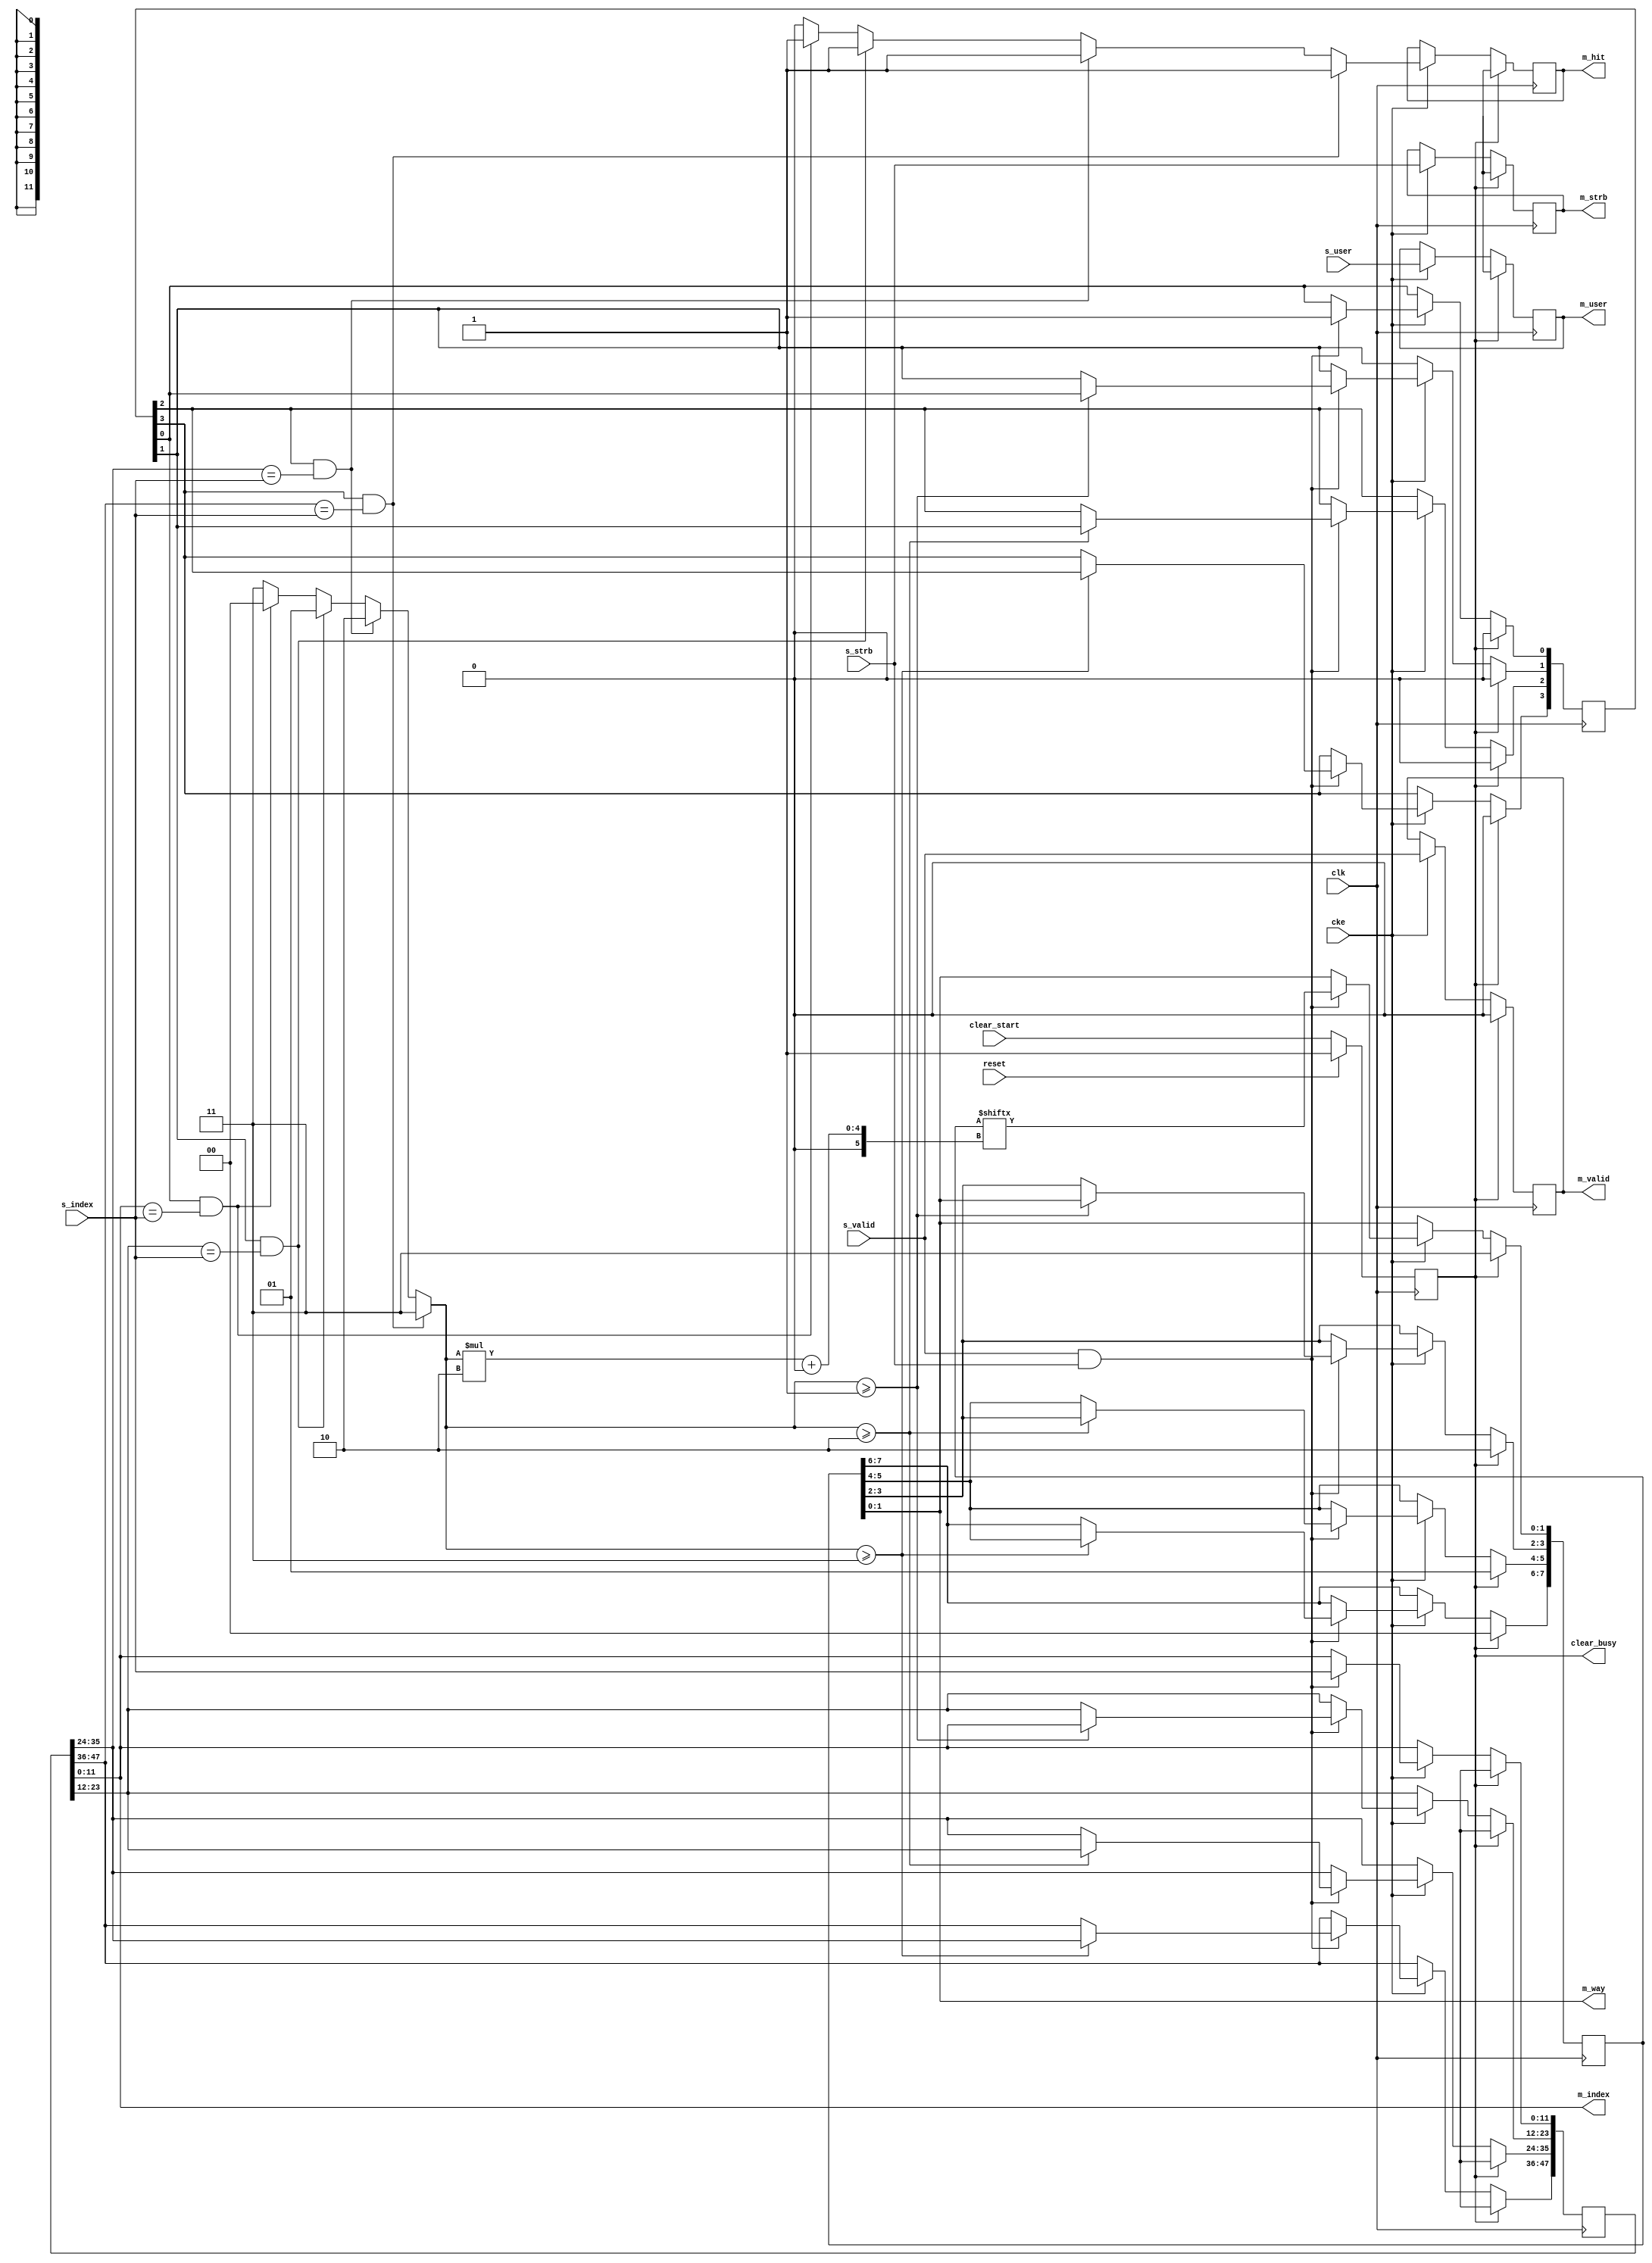
// This program was cloned from: https://github.com/ryuz/jelly
// License: MIT License

// ---------------------------------------------------------------------------
//  Jelly  -- The platform for real-time computing
//
//                                 Copyright (C) 2008-2017 by Ryuz
//                                 https://github.com/ryuz/jelly.git
// ---------------------------------------------------------------------------



`timescale 1ns / 1ps
`default_nettype none



module jelly_cache_tag_full_associative
        #(
            parameter   USER_WIDTH  = 1,
            parameter   WAY_NUM     = 4,
            parameter   WAY_WIDTH   = WAY_NUM <=   2 ? 1 :
                                      WAY_NUM <=   4 ? 2 :
                                      WAY_NUM <=   8 ? 3 :
                                      WAY_NUM <=  16 ? 4 :
                                      WAY_NUM <=  32 ? 5 :
                                      WAY_NUM <=  64 ? 6 :
                                      WAY_NUM <= 128 ? 7 : 8,
            parameter   INDEX_WIDTH = 12,
            
            // local
            parameter   USER_BITS   = USER_WIDTH > 0 ? USER_WIDTH : 1
        )
        (
            input   wire                        reset,
            input   wire                        clk,
            input   wire                        cke,
            
            input   wire                        clear_start,
            output  wire                        clear_busy,
            
            input   wire    [USER_BITS-1:0]     s_user,
            input   wire    [INDEX_WIDTH-1:0]   s_index,
            input   wire                        s_strb,
            input   wire                        s_valid,
            
            output  wire    [USER_BITS-1:0]     m_user,
            output  wire    [INDEX_WIDTH-1:0]   m_index,
            output  wire    [WAY_WIDTH-1:0]     m_way,
            output  wire                        m_hit,
            output  wire                        m_strb,
            output  wire                        m_valid
        );
        
    integer                             i;
    
    reg                                 reg_clear;
    always @(posedge clk) begin
        if ( reset ) begin
            reg_clear <= 1'b1;
        end
        else begin
            reg_clear <= clear_start;
        end
    end
    assign clear_busy = reg_clear;
    
    
    reg     [WAY_NUM-1:0]               reg_cache_valid;
    reg     [WAY_NUM*INDEX_WIDTH-1:0]   reg_cache_index;
    reg     [WAY_NUM*WAY_WIDTH-1:0]     reg_cache_way;
    
    reg     [USER_BITS-1:0]             reg_user;
    reg                                 reg_hit;
    reg                                 reg_strb;
    reg                                 reg_valid;
    
    reg                                 sig_hit;
    reg     [WAY_WIDTH-1:0]             sig_pos;
    
    always @* begin
        sig_hit = 1'b0;
        sig_pos = WAY_NUM-1;
        for ( i = 0; i < WAY_NUM; i = i+1 ) begin
            if ( reg_cache_valid[i] && (reg_cache_index[i*INDEX_WIDTH +: INDEX_WIDTH] == s_index) ) begin
                sig_hit = 1'b1;
                sig_pos = i;
            end
        end
    end
    
    
    always @(posedge clk) begin
        if ( reg_clear ) begin
            reg_cache_valid <= {WAY_NUM{1'b0}};
            reg_cache_index <= {(WAY_NUM*INDEX_WIDTH){1'bx}};
            for ( i = 0; i < WAY_NUM; i = i+1 ) begin
                reg_cache_way[i*WAY_WIDTH +: WAY_WIDTH] <= (WAY_NUM-1) - i;
            end
            
            reg_user   <= {USER_BITS{1'bx}};
            reg_hit    <= 1'bx;
            reg_strb   <= 1'bx;
            reg_valid  <= 1'b0;
        end
        else if ( cke ) begin
            if ( s_valid && s_strb ) begin
                reg_cache_valid[0]                            <= 1'b1;
                reg_cache_index[0*INDEX_WIDTH +: INDEX_WIDTH] <= s_index;
                reg_cache_way  [0*WAY_WIDTH   +: WAY_WIDTH]   <= reg_cache_way[sig_pos*WAY_WIDTH +: WAY_WIDTH];
                
                for ( i = 1; i < WAY_NUM; i = i+1 ) begin
                    if ( sig_pos >= i ) begin
                        reg_cache_valid[i]                            <= reg_cache_valid[(i-1)];
                        reg_cache_index[i*INDEX_WIDTH +: INDEX_WIDTH] <= reg_cache_index[(i-1)*INDEX_WIDTH +: INDEX_WIDTH];
                        reg_cache_way  [i*WAY_WIDTH  +: WAY_WIDTH]    <= reg_cache_way  [(i-1)*WAY_WIDTH   +: WAY_WIDTH];
                    end
                end
            end
            
            reg_hit    <= sig_hit;
            reg_user   <= s_user;
            reg_strb   <= s_strb;
            reg_valid  <= s_valid;
        end
    end
    
    assign m_user  = reg_user;
    assign m_index = reg_cache_index[INDEX_WIDTH-1:0];
    assign m_way   = reg_cache_way[WAY_WIDTH-1:0];
    assign m_hit   = reg_hit;
    assign m_strb  = reg_strb;
    assign m_valid = reg_valid;
    
endmodule



`default_nettype wire


// end of file